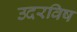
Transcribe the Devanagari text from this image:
उदरविष